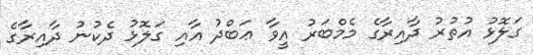
ގަލޮޅު އުތުރު ދާއިރާގެ މެމްބަރު އީވާ ޢަބްދު އާއި ގަލޮޅު ދެކުނު ދާއިރާގެ